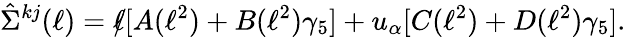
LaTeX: \displaystyle\hat{\Sigma}^{kj}(\ell)=\rlap/\ell[A(\ell^{2})+B(\ell^{2})\gamma_{5}]+u_{\alpha}[C(\ell^{2})+D(\ell^{2})\gamma_{5}].